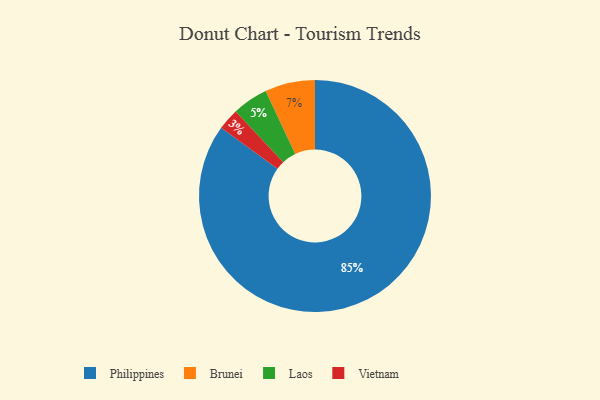
{"axis": {"x": "Category", "y": "Percentage"}, "legend": ["Brunei", "Laos", "Philippines", "Vietnam"], "data": [{"x": "Laos", "y": 5, "type": "Laos"}, {"x": "Brunei", "y": 7, "type": "Brunei"}, {"x": "Vietnam", "y": 3, "type": "Vietnam"}, {"x": "Philippines", "y": 85, "type": "Philippines"}]}